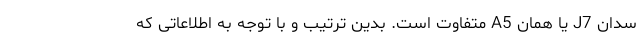
سدان J7 یا همان A5 متفاوت است. بدین ترتیب و با توجه به اطلاعاتی که